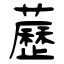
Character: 藶